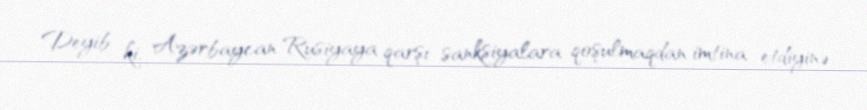
Deyib ki, Azərbaycan Rusiyaya qarşı sanksiyalara qoşulmaqdan imtina etdiyinə